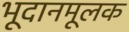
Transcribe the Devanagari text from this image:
भूदानमूलक